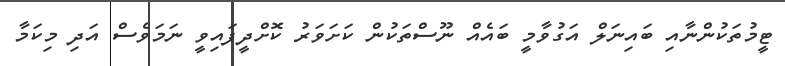
ޓީމުތަކުންނާއި ބައިނަލް އަގުވާމީ ބައެއް ނޫސްތަކުން ކަށަވަރު ކޮށްދީފައިވީ ނަމަވެސް އަދި މިކަމާ